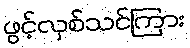
ဖွင့်လှစ်သင်ကြား